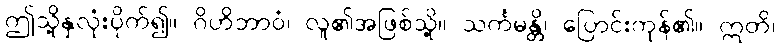
ဤသို့နှလုံးပိုက်၍။ ဂိဟိဘာဝံ၊ လူ၏အဖြစ်သို့။ သင်္ကမန္တိ၊ ပြောင်းကုန်၏။ ဣတိ၊